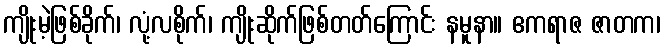
ကျိုးမဲ့ဖြစ်ခိုက်၊ လုံ့လစိုက်၊ ကျိုးဆိုက်ဖြစ်တတ်ကြောင်း နမူနာ။ ဧကရာဇ ဇာတက၊